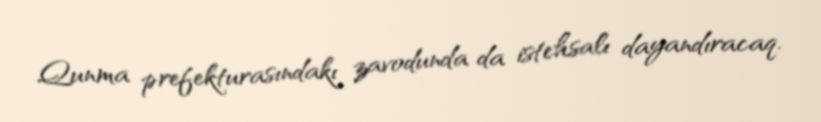
Qunma prefekturasındakı zavodunda da istehsalı dayandıracaq.